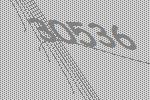
30536